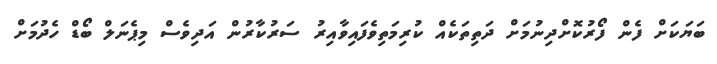
ބަޔަކަށް ފެން ފޯރުކޮށްދިނުމަށް ދަތިތަކެއް ކުރިމަތިވެފައިވާއިރު ސަރުކާރުން އަދިވެސް މިޕެނަލް ބޯޑް ހެދުމަށް